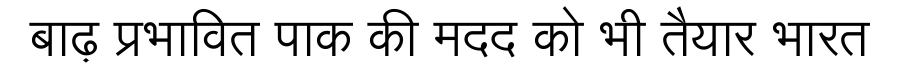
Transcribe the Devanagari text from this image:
बाढ़ प्रभावित पाक की मदद को भी तैयार भारत